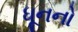
ધૂનનો